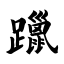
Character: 躐